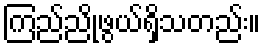
ကြည်ညိုဖွယ်ရှိသတည်း။